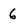
Character: 6